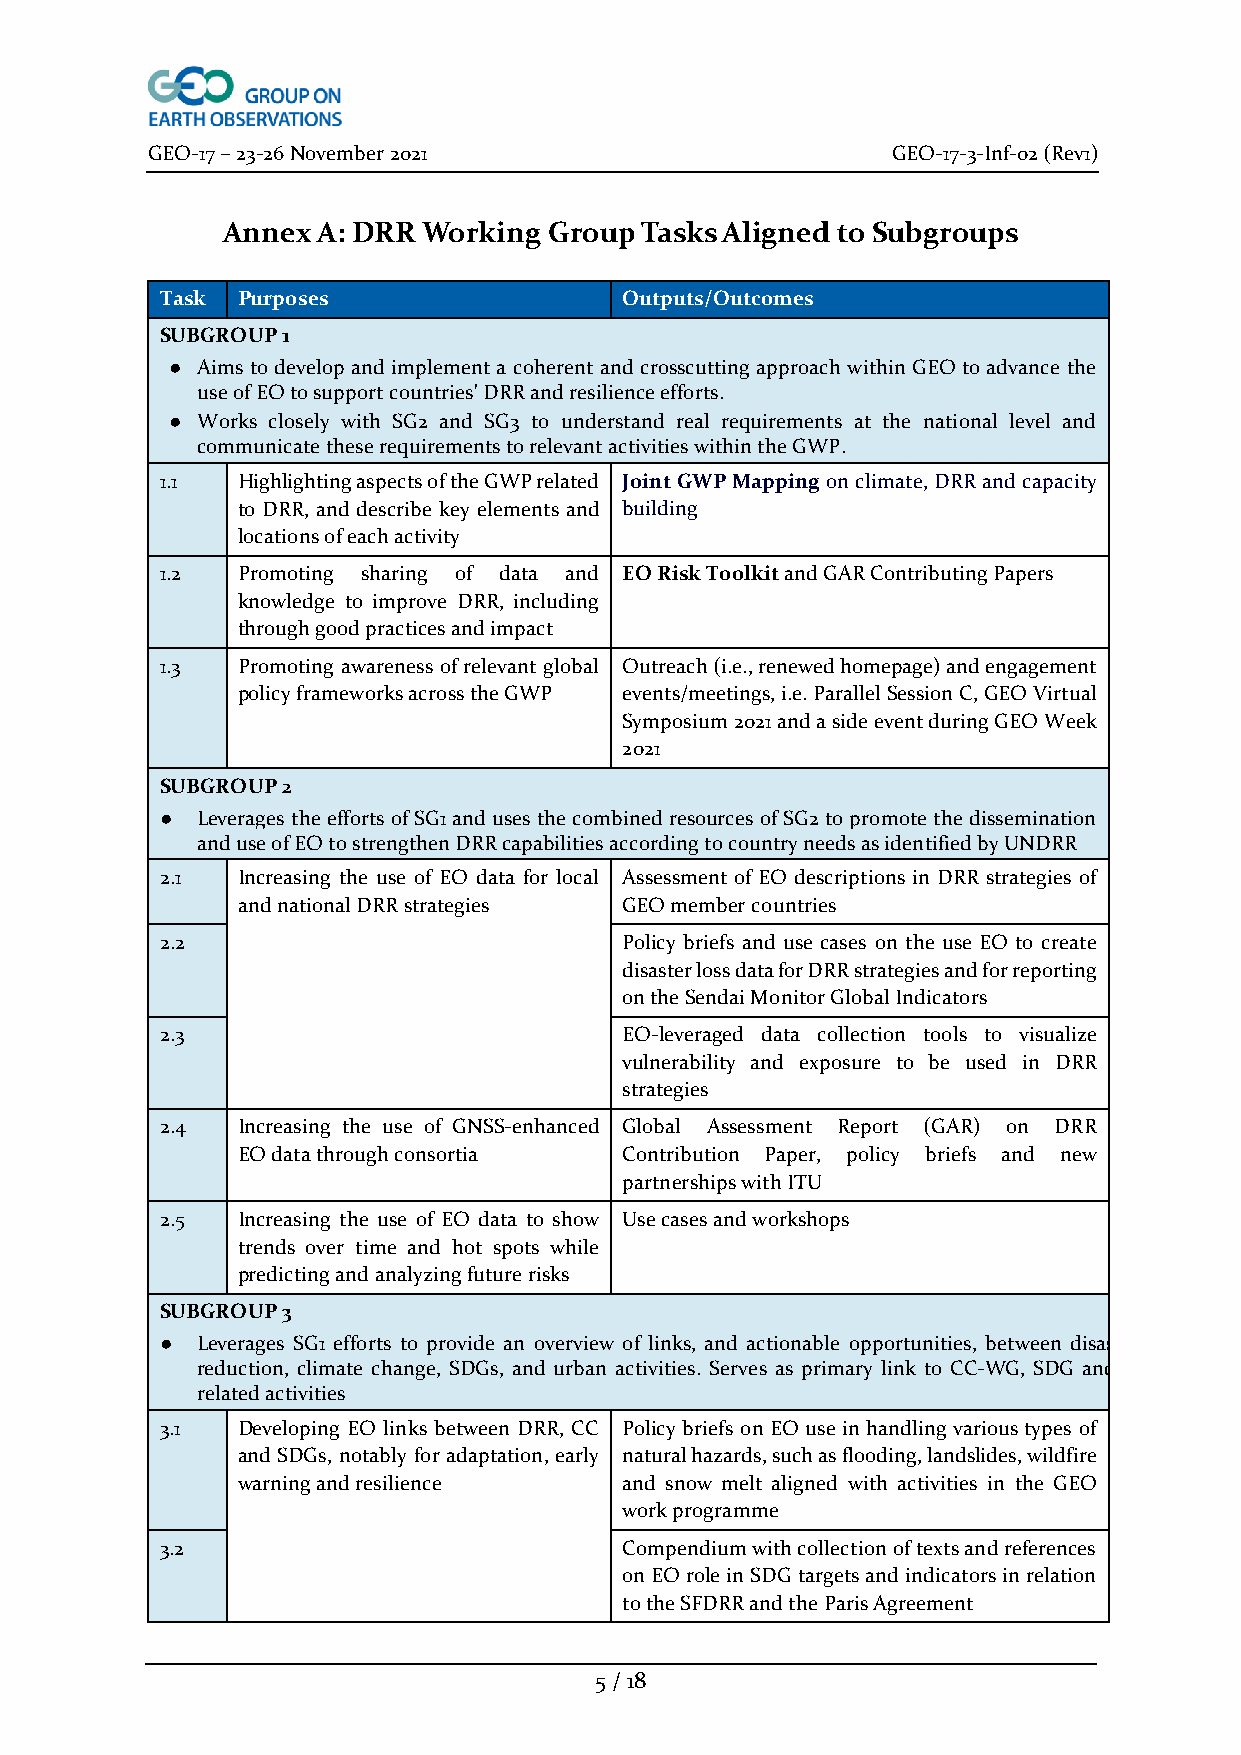
GEO-17 – 23-26 November 2021                     GEO-17-3-Inf-02 (Rev1)
 Annex A: DRR Working Group Tasks Aligned to Subgroups
 Task Purposes                 Outputs/Outcomes
 SUBGROUP 1
 ● Aims to develop and implement a coherent and crosscutting approach within GEO to advance the
 use of EO to support countries' DRR and resilience efforts.
 ● Works closely with SG2 and SG3 to understand real requirements at the national level and
 communicate these requirements to relevant activities within the GWP.
 1.1  Highlighting aspects of the GWP related Joint GWP Mapping on climate, DRR and capacity
 to DRR, and describe key elements and building
 locations of each activity
 1.2  Promoting sharing of data and EO Risk Toolkit and GAR Contributing Papers
 knowledge to improve DRR, including
 through good practices and impact
 1.3  Promoting awareness of relevant global Outreach (i.e., renewed homepage) and engagement
 policy frameworks across the GWP events/meetings, i.e. Parallel Session C, GEO Virtual
 Symposium 2021 and a side event during GEO Week
 2021
 SUBGROUP 2
 ● Leverages the efforts of SG1 and uses the combined resources of SG2 to promote the dissemination
 and use of EO to strengthen DRR capabilities according to country needs as identified by UNDRR
 2.1  Increasing the use of EO data for local Assessment of EO descriptions in DRR strategies of
 and national DRR strategies GEO member countries
 2.2                           Policy briefs and use cases on the use EO to create
 disaster loss data for DRR strategies and for reporting
 on the Sendai Monitor Global Indicators
 2.3                           EO-leveraged data collection tools to visualize
 vulnerability and exposure to be used in DRR
 strategies
 2.4  Increasing the use of GNSS-enhanced Global Assessment Report (GAR) on DRR
 EO data through consortia Contribution Paper, policy briefs and new
 partnerships with ITU
 2.5  Increasing the use of EO data to show Use cases and workshops
 trends over time and hot spots while
 predicting and analyzing future risks
 SUBGROUP 3
 ● Leverages SG1 efforts to provide an overview of links, and actionable opportunities, between disaster risk
 reduction, climate change, SDGs, and urban activities. Serves as primary link to CC-WG, SDG and Urban
 related activities
 3.1  Developing EO links between DRR, CC Policy briefs on EO use in handling various types of
 and SDGs, notably for adaptation, early natural hazards, such as flooding, landslides, wildfire
 warning and resilience   and snow melt aligned with activities in the GEO
 work programme
 3.2                           Compendium with collection of texts and references
 on EO role in SDG targets and indicators in relation
 to the SFDRR and the Paris Agreement
 5 / 18